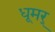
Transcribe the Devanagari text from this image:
धूमर्